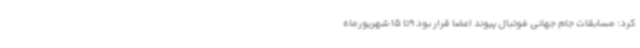
کرد: مسابقات جام جهانی فوتبال پیوند اعضا قرار بود 9تا 15 شهریورماه